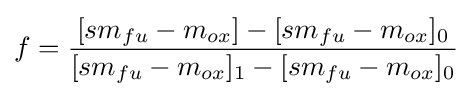
f={\frac {[sm_{fu}-m_{ox}]-[sm_{fu}-m_{ox}]_{0}}{[sm_{fu}-m_{ox}]_{1}-[sm_{fu}-m_{ox}]_{0}}}